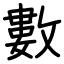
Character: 數